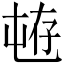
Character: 𱛄